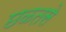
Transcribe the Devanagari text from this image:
छळतसे